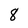
Character: 8